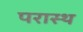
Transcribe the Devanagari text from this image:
परास्थ